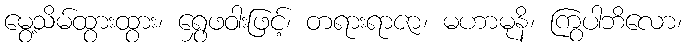
မွေ့သိမ်ထွားထွား၊ ရွှေဖဝါးဖြင့်၊ တရားရာဇာ၊ မဟာမုနိ၊ ကြွပါဘိလော၊